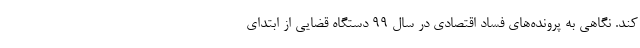
کند. نگاهی به پرونده‌های فساد اقتصادی در سال 99 دستگاه قضایی از ابتدای